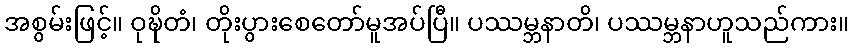
အစွမ်းဖြင့်။ ဝုဍ္ဎိတံ၊ တိုးပွားစေတော်မူအပ်ပြီ။ ပဿမ္ဘနာတိ၊ ပဿမ္ဘနာဟူသည်ကား။